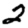
Digit: 2